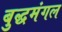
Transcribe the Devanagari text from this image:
बुद्धमंगल